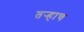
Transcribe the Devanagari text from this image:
तर्‍हाच